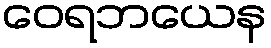
ဝေရဘယေန